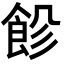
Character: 𩚺